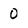
Character: 0